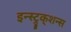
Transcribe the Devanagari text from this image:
इन्स्ट्र्क्शन्स